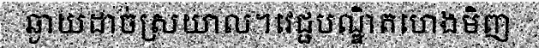
ឆ្ងាយដាច់ស្រយាល។វេជ្ជបណ្ឌិតហេងមិញ